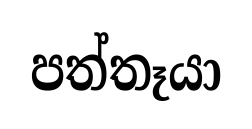
පත්තෑයා